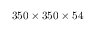
3 5 0 \times 3 5 0 \times 5 4